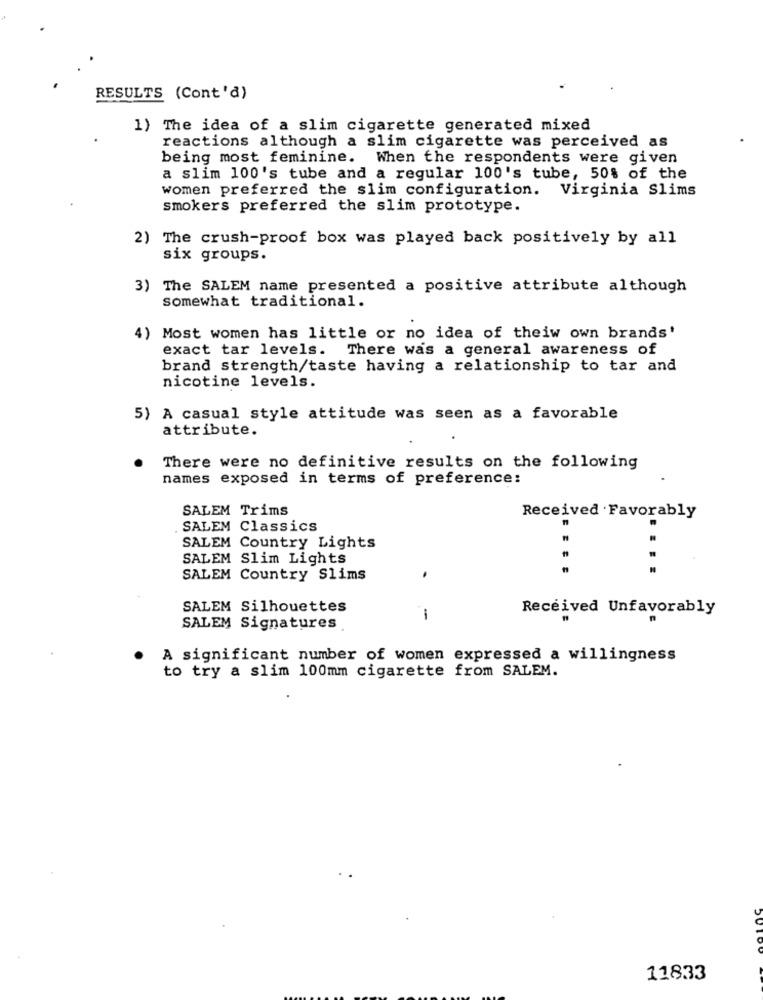
RESULTS (Cont'd)
1) The idea of a slim cigarette generated mixed
reactions although a slim cigarette was perceived as
being most feminine. When the respondents were given
a slim 100's tube and a regular 100's tube, 50% of the
women preferred the slim configuration. Virginia Slims
smokers preferred the slim prototype.
2) The crush-proof box was played back positively by all
six groups.
3) The SALEM name presented a positive attribute although
somewhat traditional.
4) Most women has little or no idea of theiw own brands'
exact tar levels. There was a general awareness of
brand strength/taste having a relationship to tar and
nicotine levels.
5) A casual style attitude was seen as a favorable
attribute.
There were no definitive results on the following
names exposed in terms of preference:
SALEM Trims
Received .Favorably
SALEM Classics
SALEM Country Lights
SALEM Slim Lights
....
SALEM Country Slims
SALEM Silhouettes
Received Unfavorably
1
SALEM Signatures
A significant number of women expressed a willingness
to try a slim 100mm cigarette from SALEM.
11833